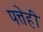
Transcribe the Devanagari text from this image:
पत्तेही